Note on the mental hospitals in Burma - 1925-1940
Year: 1925
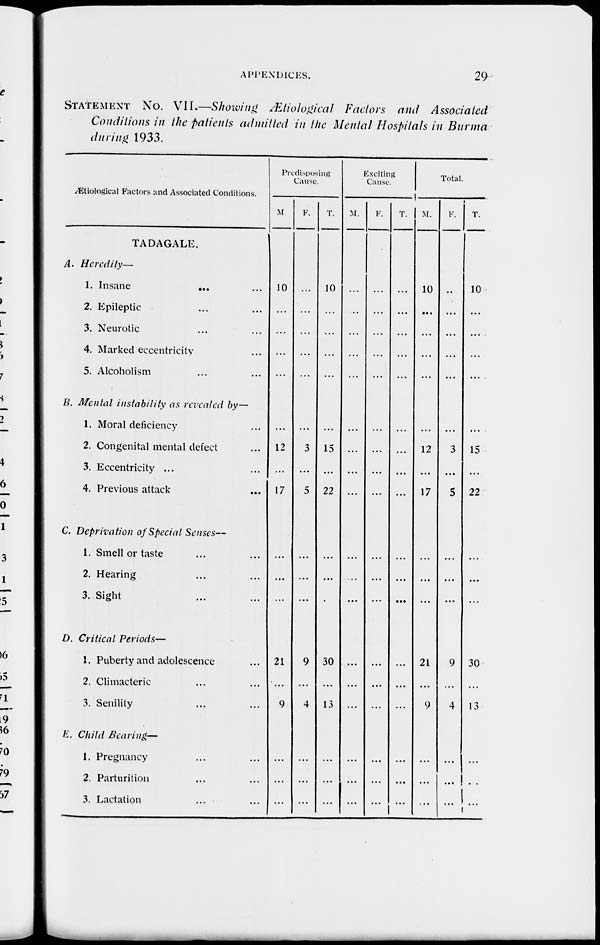
APPENDICES.
29
STATEMENT No. VII.—Showing Ætiological Factors and Associated
Conditions in the patients admitted in the Mental Hospitals in Burma
during 1933.
Ætiological Factors and Associated Conditions.
TADAGALE,
A. Heredity—
1. Insane
...
...
2. Epileptic ... ...
3. Neurotic ... ...
4. Marked eccentricity ... ...
5. Alcoholism
B. Mental instability as revealed by—
1. Moral deficiency ...
2. Congenital mental defect ...
3. Eccentricity ... ...
4. Previous attack ...
C. Deprivation of Special Senses—
1. Smell or taste ... ...
2. Hearing ... ...
3. Sight ... ...
D. Critical Periods—
1. Puberty and adolescence...
2. Climacteric ... ...
3. Senility ... ...
E. Child Bearing—
1. Pregnancy ... ...
2. Parturition ... ...
3. Lactation ... ...
Predisposing
Cause.
M.
10
...
...
...
...
...
12
...
17
...
...
...
...
21
...
9
...
...
...
F.
...
...
...
...
...
...
3
...
5
...
...
...
...
9
...
4
...
...
...
T.
10
...
...
...
...
...
15
...
22
...
...
...
...
30
...
13
...
...
...
Exciting
Cause.
M.
...
...
...
...
...
...
...
...
...
...
...
...
...
...
...
...
...
...
...
F.
...
...
...
...
...
...
...
...
...
...
...
...
...
...
...
...
...
...
...
T.
...
...
...
...
...
...
...
...
...
...
...
...
...
...
...
...
...
...
...
Total.
M.
10
...
...
...
...
...
12
...
17
...
...
...
...
21
...
9
...
...
...
F.
...
...
...
...
...
...
3
...
5
...
...
...
...
9
...
4
...
...
...
T.
10
...
...
...
...
...
15
...
22
...
...
...
...
30
...
13
...
...
...